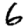
Digit: 6